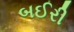
બઈરી